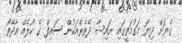
ގެޔަށް ދިޔަ މަގުމަތީގައި ނައިޝާ ދޭތެރެއަކުން ސައިފް ގެ ކޯލެއް އާދޭތޯ